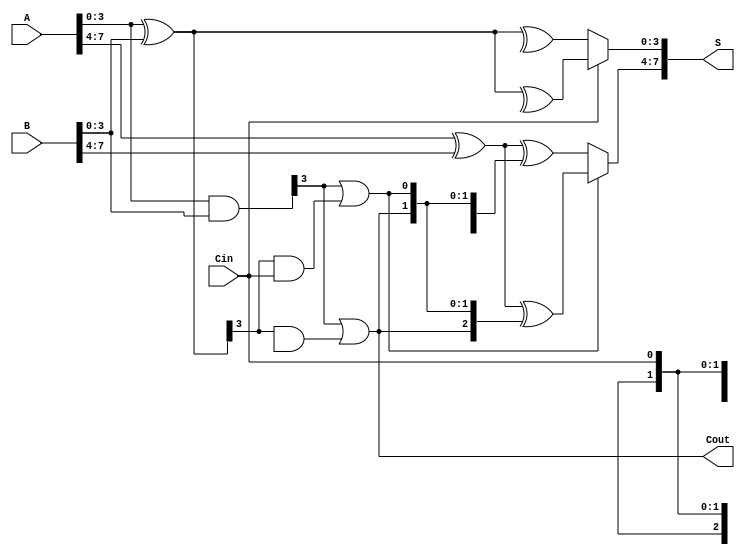
module carry_select_adder #(parameter n = 8, // Total bit-width
                            parameter k = 4) // Segment size
(
    input  [n-1:0] A,      // First n-bit input
    input  [n-1:0] B,      // Second n-bit input
    input         Cin,      // Carry-in
    output [n-1:0] S,      // Sum output
    output        Cout      // Carry-out
);

    localparam num_segments = n / k; // Number of segments
    
    wire [k-1:0] G [0:num_segments-1]; // Generate signals for each segment
    wire [k-1:0] P [0:num_segments-1]; // Propagate signals for each segment
    wire [1:0] C [0:num_segments];       // Carry outputs for each segment

    wire [k-1:0] S0 [0:num_segments-1]; // Sum outputs for carry-in = 0
    wire [k-1:0] S1 [0:num_segments-1]; // Sum outputs for carry-in = 1

    // Generate and propagate signals calculation
    genvar i;
    generate
        for (i = 0; i < num_segments; i = i + 1) begin : segment
            // Assign G and P for each segment
            assign G[i] = A[i*k +: k] & B[i*k +: k]; // Generate
            assign P[i] = A[i*k +: k] ^ B[i*k +: k]; // Propagate

            // Compute carry for each segment
            if (i == 0) begin
                assign C[i][0] = Cin; // First segment uses the external Cin
            end else begin
                assign C[i][0] = G[i-1][k-1] | (P[i-1][k-1] & C[i-1][0]); // Carry from previous segment
            end
            assign C[i][1] = G[i-1][k-1] | (P[i-1][k-1] & C[i-1][1]); // Carry from previous segment for Cin = 1

            // Compute sums for both cases (Cin = 0 and Cin = 1)
            assign S0[i] = P[i] ^ {C[i][0], C[i][0][k-1:1]}; // Sum when Cin = 0
            assign S1[i] = P[i] ^ {C[i][1], C[i][1][k-1:1]}; // Sum when Cin = 1
        end
    endgenerate

    // Select final sum for the segments based on carry output
    generate
        for (i = 0; i < num_segments; i = i + 1) begin : select_sum
            assign S[i*k +: k] = C[i][0] ? S1[i] : S0[i]; // Final selected sum
        end
    endgenerate

    // Assign final carry-out
    assign Cout = C[num_segments-1][1];

endmodule